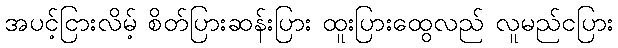
အပင့်ငြားလိမ့် စိတ်ပြားဆန်းပြား ထူးပြားထွေလည် လူမည်ငပြား